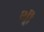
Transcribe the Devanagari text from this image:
थ़्री